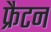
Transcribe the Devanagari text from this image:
फ्रैटन